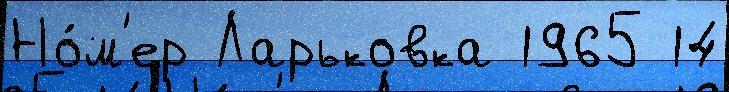
Но́м'ер Ларьковка 1965 14